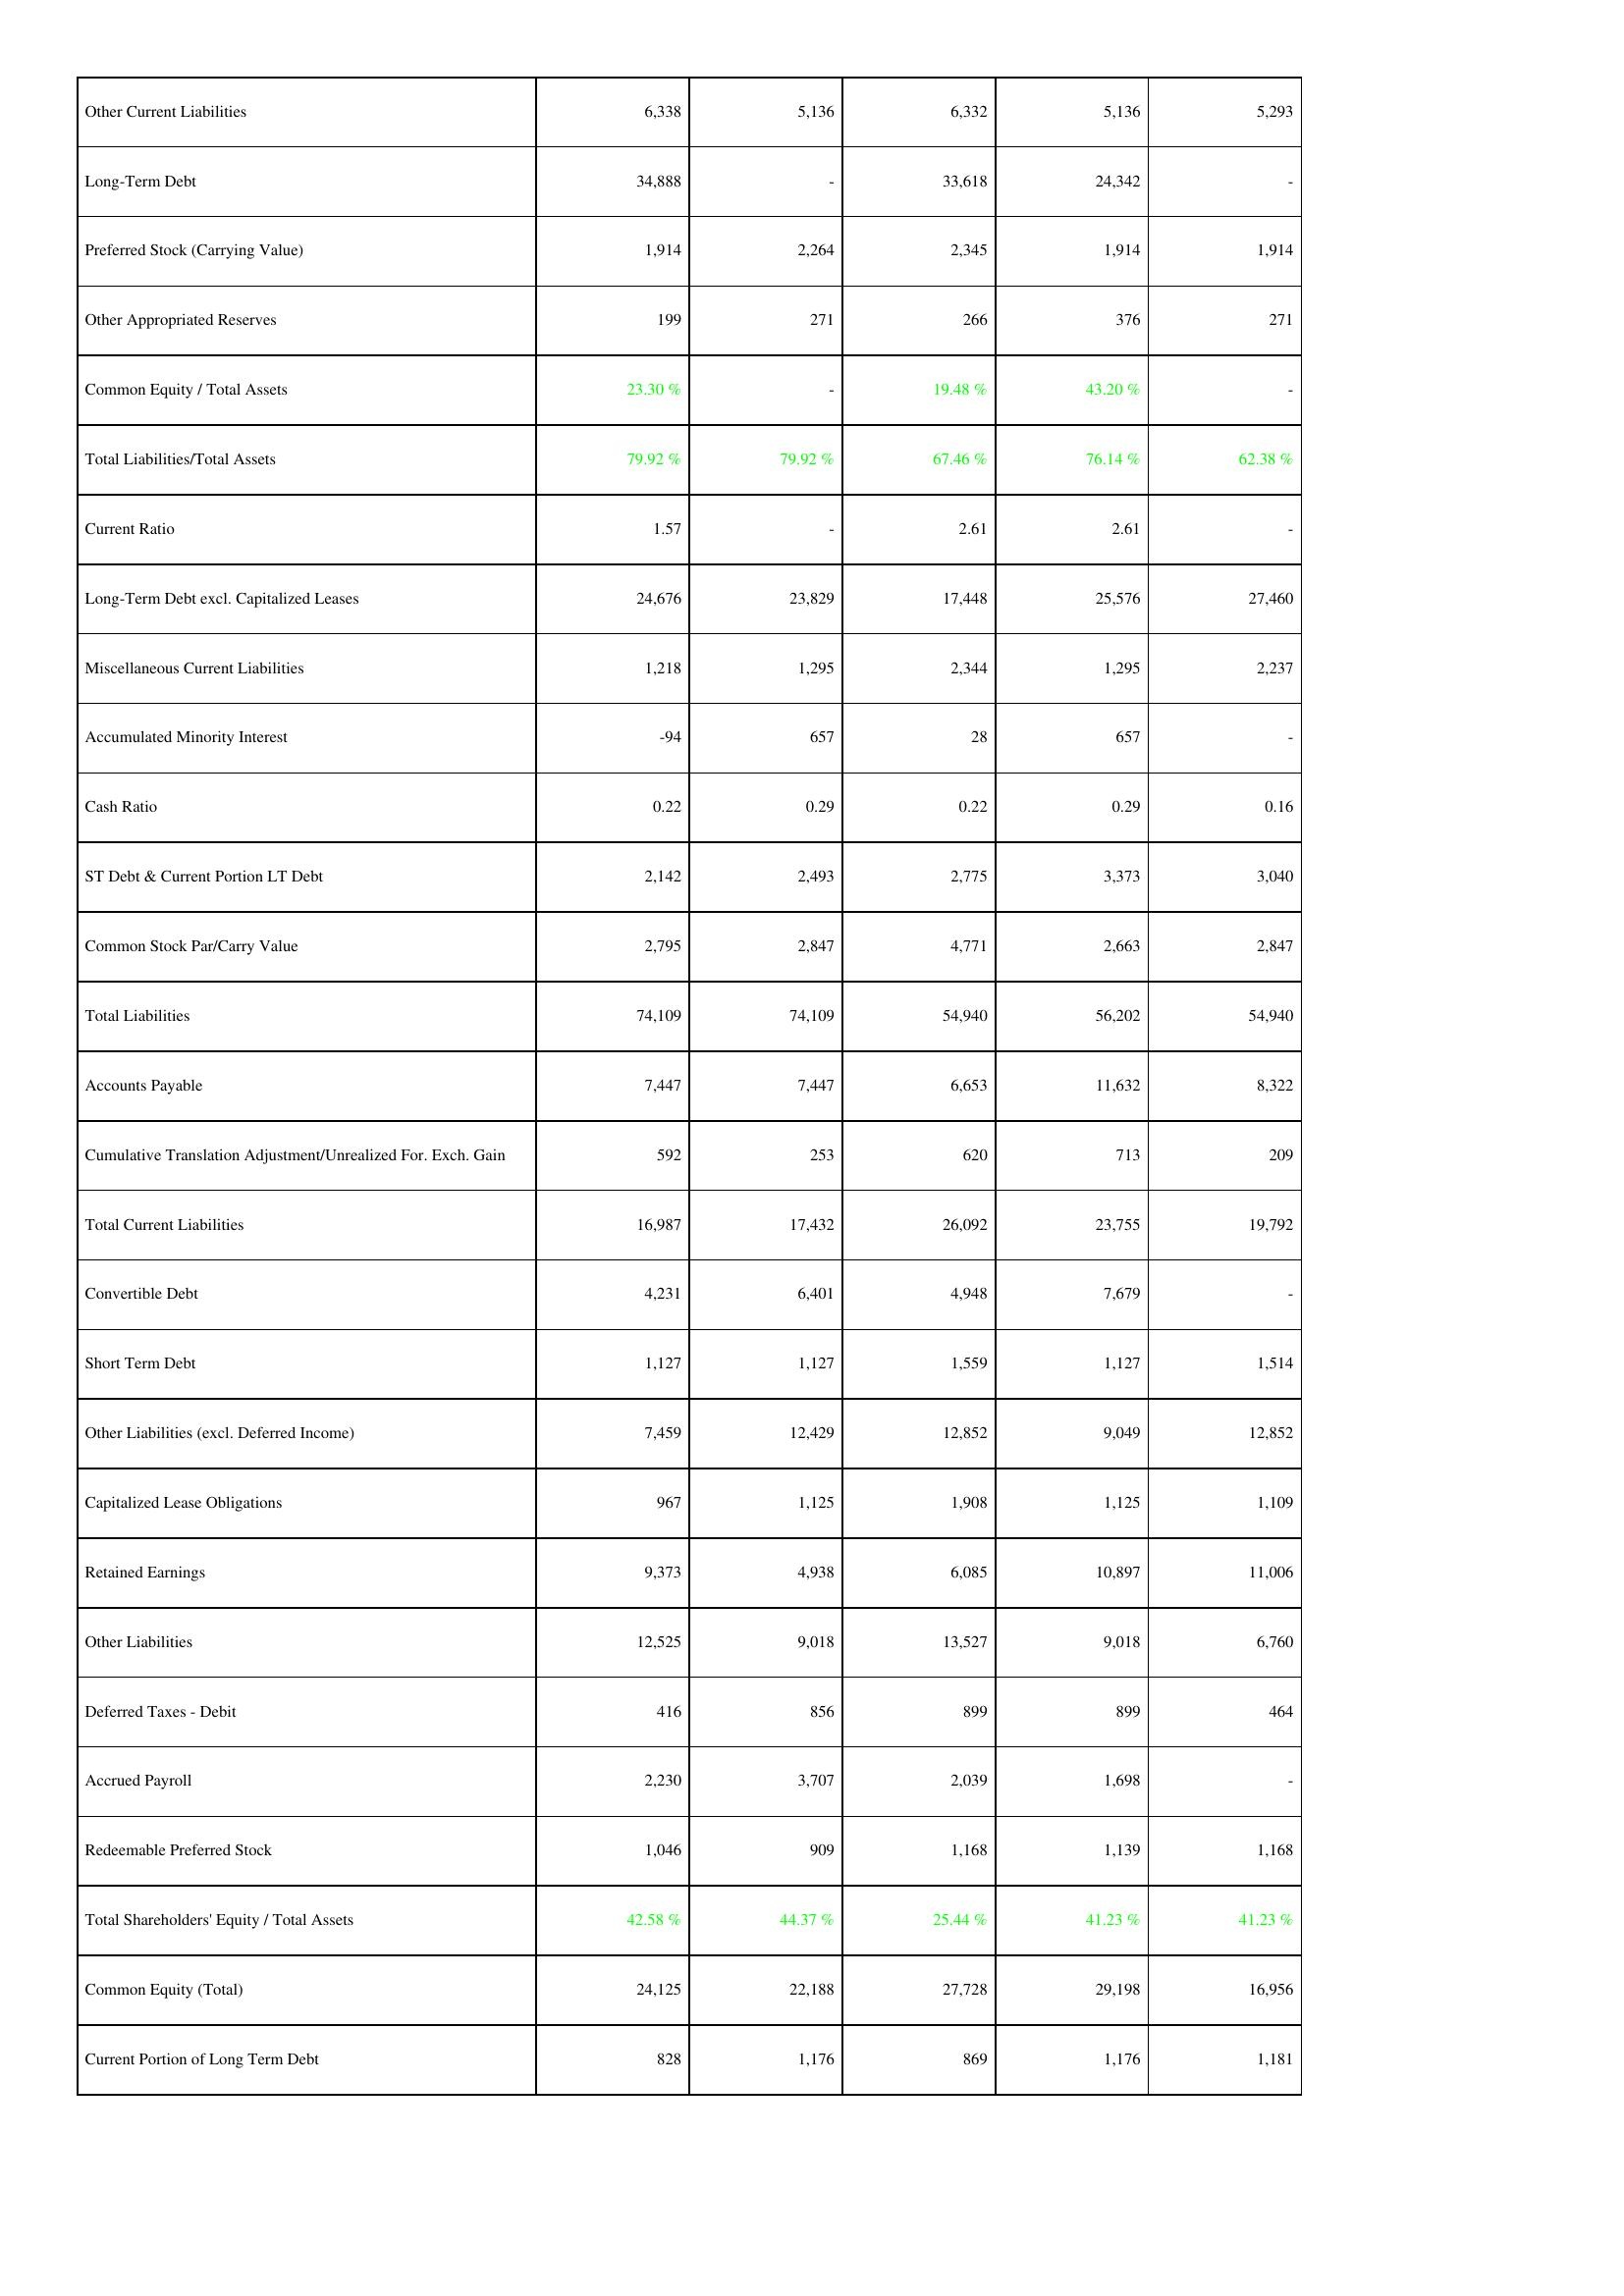
2016: Liabilities & Shareholders' Equity: Other Current Liabilities: 6,338
Long-Term Debt: 34,888
Preferred Stock (Carrying Value): 1,914
Other Appropriated Reserves: 199
Common Equity / Total Assets: 23.30 %
Total Liabilities/Total Assets: 79.92 %
Current Ratio: 1.57
Long-Term Debt excl. Capitalized Leases: 24,676
Miscellaneous Current Liabilities: 1,218
Accumulated Minority Interest: -94
Cash Ratio: 0.22
ST Debt & Current Portion LT Debt: 2,142
Common Stock Par/Carry Value: 2,795
Total Liabilities: 74,109
Accounts Payable: 7,447
Cumulative Translation Adjustment/Unrealized For. Exch. Gain: 592
Total Current Liabilities: 16,987
Convertible Debt: 4,231
Short Term Debt: 1,127
Other Liabilities (excl. Deferred Income): 7,459
Capitalized Lease Obligations: 967
Retained Earnings: 9,373
Other Liabilities: 12,525
Deferred Taxes - Debit: 416
Accrued Payroll: 2,230
Redeemable Preferred Stock: 1,046
Total Shareholders' Equity / Total Assets: 42.58 %
Common Equity (Total): 24,125
Current Portion of Long Term Debt: 828
2017: Liabilities & Shareholders' Equity: Other Current Liabilities: 5,136
Long-Term Debt: -
Preferred Stock (Carrying Value): 2,264
Other Appropriated Reserves: 271
Common Equity / Total Assets: -
Total Liabilities/Total Assets: 79.92 %
Current Ratio: -
Long-Term Debt excl. Capitalized Leases: 23,829
Miscellaneous Current Liabilities: 1,295
Accumulated Minority Interest: 657
Cash Ratio: 0.29
ST Debt & Current Portion LT Debt: 2,493
Common Stock Par/Carry Value: 2,847
Total Liabilities: 74,109
Accounts Payable: 7,447
Cumulative Translation Adjustment/Unrealized For. Exch. Gain: 253
Total Current Liabilities: 17,432
Convertible Debt: 6,401
Short Term Debt: 1,127
Other Liabilities (excl. Deferred Income): 12,429
Capitalized Lease Obligations: 1,125
Retained Earnings: 4,938
Other Liabilities: 9,018
Deferred Taxes - Debit: 856
Accrued Payroll: 3,707
Redeemable Preferred Stock: 909
Total Shareholders' Equity / Total Assets: 44.37 %
Common Equity (Total): 22,188
Current Portion of Long Term Debt: 1,176
2018: Liabilities & Shareholders' Equity: Other Current Liabilities: 6,332
Long-Term Debt: 33,618
Preferred Stock (Carrying Value): 2,345
Other Appropriated Reserves: 266
Common Equity / Total Assets: 19.48 %
Total Liabilities/Total Assets: 67.46 %
Current Ratio: 2.61
Long-Term Debt excl. Capitalized Leases: 17,448
Miscellaneous Current Liabilities: 2,344
Accumulated Minority Interest: 28
Cash Ratio: 0.22
ST Debt & Current Portion LT Debt: 2,775
Common Stock Par/Carry Value: 4,771
Total Liabilities: 54,940
Accounts Payable: 6,653
Cumulative Translation Adjustment/Unrealized For. Exch. Gain: 620
Total Current Liabilities: 26,092
Convertible Debt: 4,948
Short Term Debt: 1,559
Other Liabilities (excl. Deferred Income): 12,852
Capitalized Lease Obligations: 1,908
Retained Earnings: 6,085
Other Liabilities: 13,527
Deferred Taxes - Debit: 899
Accrued Payroll: 2,039
Redeemable Preferred Stock: 1,168
Total Shareholders' Equity / Total Assets: 25.44 %
Common Equity (Total): 27,728
Current Portion of Long Term Debt: 869
2019: Liabilities & Shareholders' Equity: Other Current Liabilities: 5,136
Long-Term Debt: 24,342
Preferred Stock (Carrying Value): 1,914
Other Appropriated Reserves: 376
Common Equity / Total Assets: 43.20 %
Total Liabilities/Total Assets: 76.14 %
Current Ratio: 2.61
Long-Term Debt excl. Capitalized Leases: 25,576
Miscellaneous Current Liabilities: 1,295
Accumulated Minority Interest: 657
Cash Ratio: 0.29
ST Debt & Current Portion LT Debt: 3,373
Common Stock Par/Carry Value: 2,663
Total Liabilities: 56,202
Accounts Payable: 11,632
Cumulative Translation Adjustment/Unrealized For. Exch. Gain: 713
Total Current Liabilities: 23,755
Convertible Debt: 7,679
Short Term Debt: 1,127
Other Liabilities (excl. Deferred Income): 9,049
Capitalized Lease Obligations: 1,125
Retained Earnings: 10,897
Other Liabilities: 9,018
Deferred Taxes - Debit: 899
Accrued Payroll: 1,698
Redeemable Preferred Stock: 1,139
Total Shareholders' Equity / Total Assets: 41.23 %
Common Equity (Total): 29,198
Current Portion of Long Term Debt: 1,176
2020: Liabilities & Shareholders' Equity: Other Current Liabilities: 5,293
Long-Term Debt: -
Preferred Stock (Carrying Value): 1,914
Other Appropriated Reserves: 271
Common Equity / Total Assets: -
Total Liabilities/Total Assets: 62.38 %
Current Ratio: -
Long-Term Debt excl. Capitalized Leases: 27,460
Miscellaneous Current Liabilities: 2,237
Accumulated Minority Interest: -
Cash Ratio: 0.16
ST Debt & Current Portion LT Debt: 3,040
Common Stock Par/Carry Value: 2,847
Total Liabilities: 54,940
Accounts Payable: 8,322
Cumulative Translation Adjustment/Unrealized For. Exch. Gain: 209
Total Current Liabilities: 19,792
Convertible Debt: -
Short Term Debt: 1,514
Other Liabilities (excl. Deferred Income): 12,852
Capitalized Lease Obligations: 1,109
Retained Earnings: 11,006
Other Liabilities: 6,760
Deferred Taxes - Debit: 464
Accrued Payroll: -
Redeemable Preferred Stock: 1,168
Total Shareholders' Equity / Total Assets: 41.23 %
Common Equity (Total): 16,956
Current Portion of Long Term Debt: 1,181